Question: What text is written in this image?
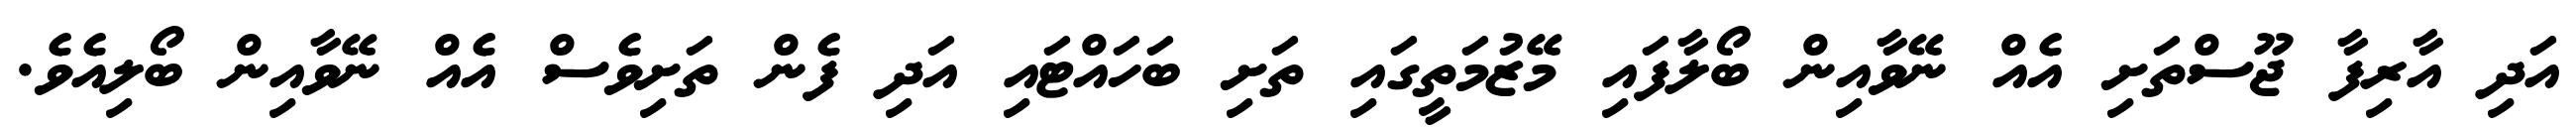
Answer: އަދި އާރިފާ ޖޫސްތަށި އެއް ނޭވާއިން ބޯލާފައި މޭޒުމަތީގައި ތަށި ބަހައްޓައި އަދި ފެން ތަށިވެސް އެއް ނޭވާއިން ބޯލިއެވެ.